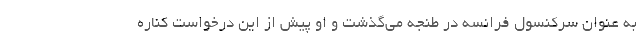
به عنوان سرکنسول فرانسه در طنجه می‌گذشت و او پیش از این درخواست کناره